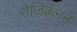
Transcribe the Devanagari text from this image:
रोजिक्रॅनने